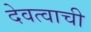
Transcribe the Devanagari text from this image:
देवत्वाची